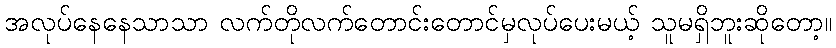
အလုပ်နေနေသာသာ လက်တိုလက်တောင်းတောင်မှလုပ်ပေးမယ့် သူမရှိဘူးဆိုတော့။